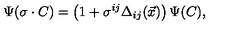
\Psi ( \sigma \cdot C ) = \left( 1 + \sigma ^ { i j } \Delta _ { i j } ( \vec { x } ) \right) \Psi ( C ) ,